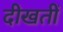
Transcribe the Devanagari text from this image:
दीखतीं